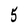
Character: 5